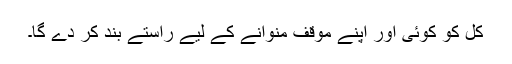
کل کو کوئی اور اپنے موقف منوانے کے لیے راستے بند کر دے گا۔